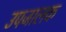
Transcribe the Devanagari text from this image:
उपजालक